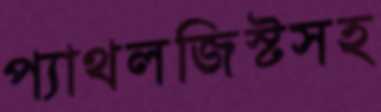
প্যাথলজিস্টসহ